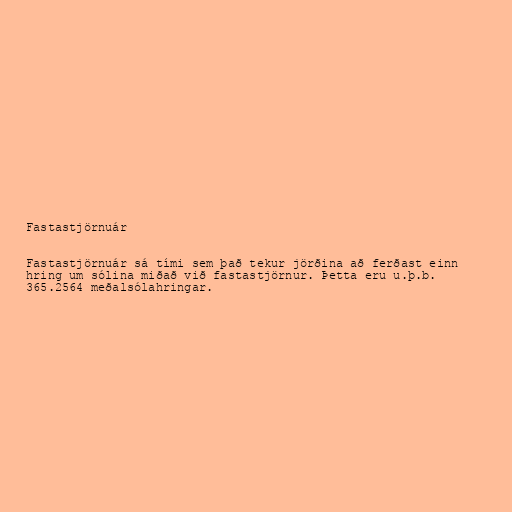
Fastastjörnuár

Fastastjörnuár sá tími sem það tekur jörðina að ferðast einn
hring um sólina miðað við fastastjörnur. Þetta eru u.þ.b.
365.2564 meðalsólahringar.